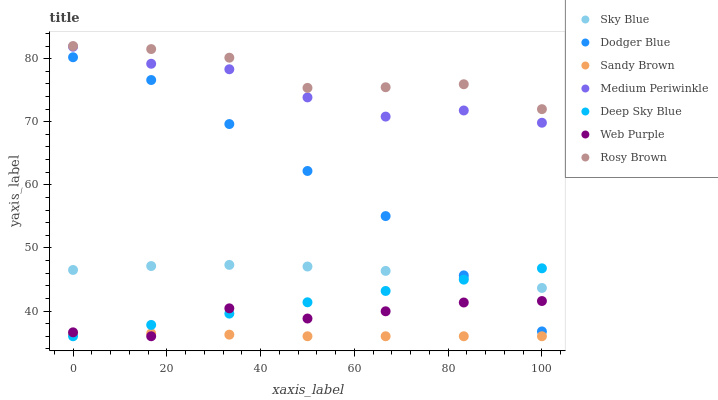
| xaxis_label | Sky Blue | Dodger Blue | Sandy Brown | Medium Periwinkle | Deep Sky Blue | Web Purple | Rosy Brown |
 | --- | --- | --- | --- | --- | --- | --- | --- |
 | 0 | 46.5 | 80.2 | 36.3 | 81.9 | 36 | 36.6 | 82 |
 | 16.7 | 47.1 | 76.6 | 36.5 | 79.2 | 37.8 | 36 | 81.5 |
 | 33.3 | 47.3 | 69.6 | 36.3 | 78.3 | 39.6 | 40.4 | 80.2 |
 | 50 | 47.1 | 62.2 | 36 | 73.9 | 41.4 | 38.8 | 75.4 |
 | 66.7 | 46.4 | 55 | 36 | 70.8 | 43.2 | 40 | 75.5 |
 | 83.3 | 45.2 | 45.6 | 36 | 71.8 | 45 | 41.3 | 75.9 |
 | 100 | 43.7 | 36.8 | 36 | 69.8 | 46.8 | 41.6 | 72 |